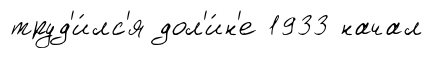
труд'и́лс'я дол'и́н'е 1933 начал